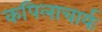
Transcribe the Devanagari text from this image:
कपिलाचार्यः